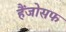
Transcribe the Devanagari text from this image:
हैंजोसफ